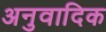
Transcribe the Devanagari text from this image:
अनुवादिक